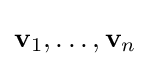
\mathbf {v} _{1},\dotsc ,\mathbf {v} _{n}